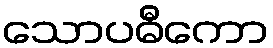
သောပဓီကော